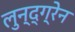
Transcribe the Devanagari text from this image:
लुन्द्ग्रेन